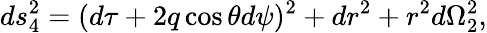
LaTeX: ds_{4}^{2}=(d\tau+2q\cos\theta d\psi)^{2}+dr^{2}+r^{2}d\Omega_{2}^{2},